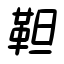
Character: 靼